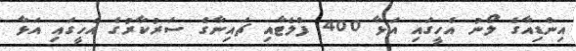
އިންޑިއާގެ ލޯނު އެހީގައި އަޅާ 400 ފްލެޓާއި ޗައިނާގެ ސަރުކާރުގެ އެހީގައި އަޅާ